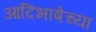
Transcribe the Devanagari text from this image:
आदिभाषेच्या